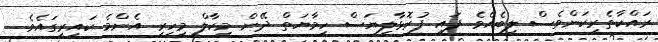
ރައްކާތެރިކަންވެސް ލިބެއެވެ. ފައި ފުރޮޅާލިޔަސް ހިމާޔަތް ދޭން މިކާލް މިހިރީ އެންމެ ކައިރީގައެވެ.